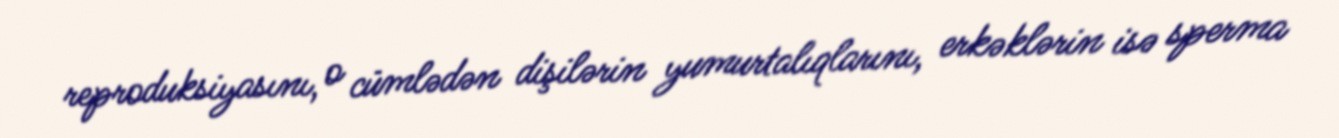
reproduksiyasını, o cümlədən dişilərin yumurtalıqlarını, erkəklərin isə sperma